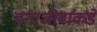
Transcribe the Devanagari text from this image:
वन्यजीवांकडे